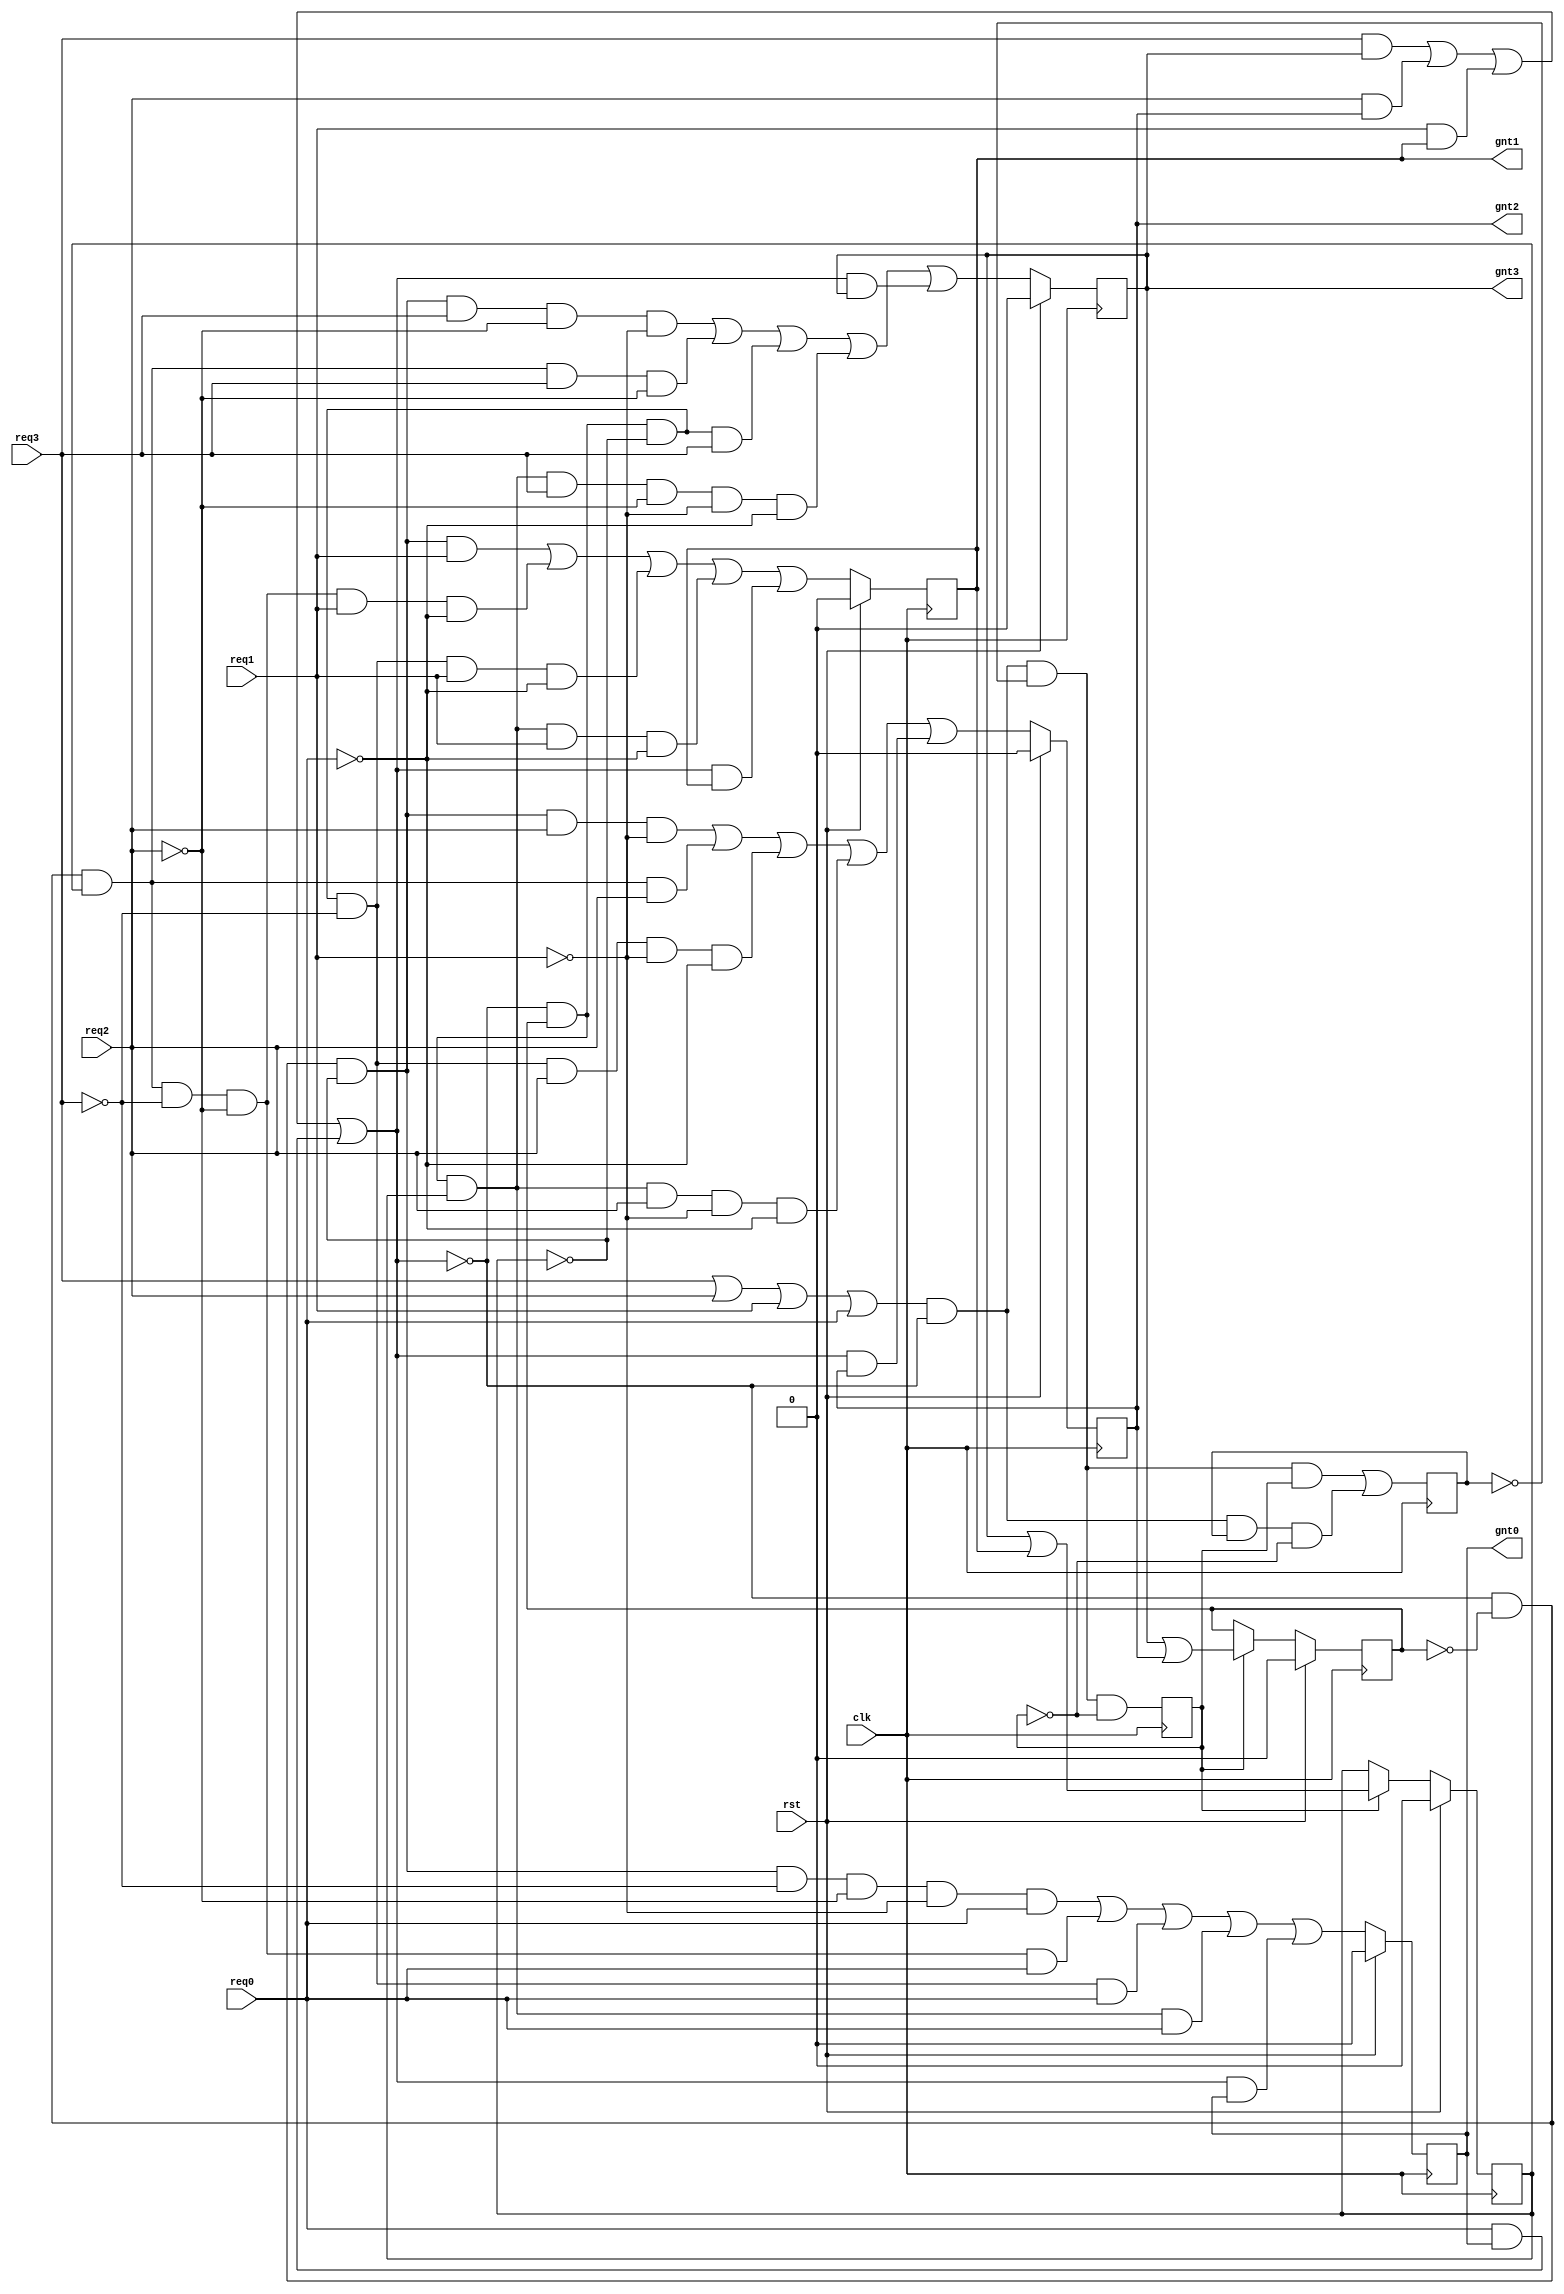

module arbiter (
  clk,    
  rst,    
  req3,   
  req2,   
  req1,   
  req0,   
  gnt3,   
  gnt2,   
  gnt1,   
  gnt0   
);
 
input           clk;    
input           rst;    
input           req3;   
input           req2;   
input           req1;   
input           req0;   
output          gnt3;   
output          gnt2;   
output          gnt1;   
output          gnt0;   

wire    [1:0]   gnt       ;   
wire            comreq    ; 
wire            beg       ;
wire   [1:0]    lgnt      ;
wire            lcomreq   ;
reg             lgnt0     ;
reg             lgnt1     ;
reg             lgnt2     ;
reg             lgnt3     ;
reg             lasmask   ;
reg             lmask0    ;
reg             lmask1    ;
reg             ledge     ;
 
always @ (posedge clk)
if (rst) begin
  lgnt0 <= 0;
  lgnt1 <= 0;
  lgnt2 <= 0;
  lgnt3 <= 0;
end else begin                                     
  lgnt0 <=(~lcomreq & ~lmask1 & ~lmask0 & ~req3 & ~req2 & ~req1 & req0)
        | (~lcomreq & ~lmask1 &  lmask0 & ~req3 & ~req2 &  req0)
        | (~lcomreq &  lmask1 & ~lmask0 & ~req3 &  req0)
        | (~lcomreq &  lmask1 &  lmask0 & req0  )
        | ( lcomreq & lgnt0 );
  lgnt1 <=(~lcomreq & ~lmask1 & ~lmask0 &  req1)
        | (~lcomreq & ~lmask1 &  lmask0 & ~req3 & ~req2 &  req1 & ~req0)
        | (~lcomreq &  lmask1 & ~lmask0 & ~req3 &  req1 & ~req0)
        | (~lcomreq &  lmask1 &  lmask0 &  req1 & ~req0)
        | ( lcomreq &  lgnt1);
  lgnt2 <=(~lcomreq & ~lmask1 & ~lmask0 &  req2  & ~req1)
        | (~lcomreq & ~lmask1 &  lmask0 &  req2)
        | (~lcomreq &  lmask1 & ~lmask0 & ~req3 &  req2  & ~req1 & ~req0)
        | (~lcomreq &  lmask1 &  lmask0 &  req2 & ~req1 & ~req0)
        | ( lcomreq &  lgnt2);
  lgnt3 <=(~lcomreq & ~lmask1 & ~lmask0 & req3  & ~req2 & ~req1)
        | (~lcomreq & ~lmask1 &  lmask0 & req3  & ~req2)
        | (~lcomreq &  lmask1 & ~lmask0 & req3)
        | (~lcomreq &  lmask1 &  lmask0 & req3  & ~req2 & ~req1 & ~req0)
        | ( lcomreq & lgnt3);
end 

assign beg = (req3 | req2 | req1 | req0) & ~lcomreq;
always @ (posedge clk)
begin                                     
  lasmask <= (beg & ~ledge & ~lasmask);
  ledge   <= (beg & ~ledge &  lasmask) 
          |  (beg &  ledge & ~lasmask);
end 
assign lcomreq = ( req3 & lgnt3 )
                | ( req2 & lgnt2 )
                | ( req1 & lgnt1 )
                | ( req0 & lgnt0 );


assign  lgnt =  {(lgnt3 | lgnt2),(lgnt3 | lgnt1)};


always @ (posedge clk )
if( rst ) begin
  lmask1 <= 0;
  lmask0 <= 0;
end else if(lasmask) begin
  lmask1 <= lgnt[1];
  lmask0 <= lgnt[0];
end else begin
  lmask1 <= lmask1;
  lmask0 <= lmask0;
end 

assign comreq = lcomreq;
assign gnt    = lgnt;
assign gnt3   = lgnt3;
assign gnt2   = lgnt2;
assign gnt1   = lgnt1;
assign gnt0   = lgnt0;

endmodule